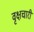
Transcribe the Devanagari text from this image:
वृक्षचारी